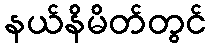
နယ်နိမိတ်တွင်